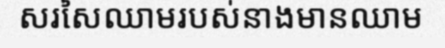
សរសៃឈាមរបស់នាងមានឈាម